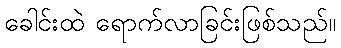
ခေါင်းထဲ ရောက်လာခြင်းဖြစ်သည်။